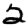
Digit: 2